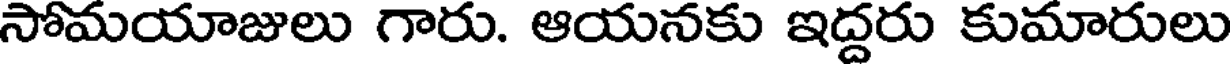
సోమయాజులు గారు. ఆయనకు ఇద్దరు కుమారులు